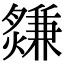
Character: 𤑃